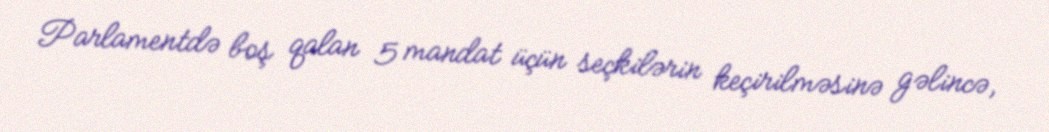
Parlamentdə boş qalan 5 mandat üçün seçkilərin keçirilməsinə gəlincə,